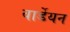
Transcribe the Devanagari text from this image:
वार्डेयन